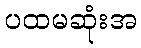
ပထမဆုံးအ